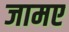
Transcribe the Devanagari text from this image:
जामए